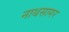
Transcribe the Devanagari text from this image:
नाथसागर